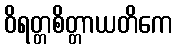
ဝိရတ္တစိတ္တာယတိကေ